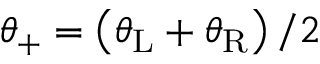
\theta _ { + } = \left( \theta _ { \mathrm { L } } + \theta _ { \mathrm { R } } \right) / 2